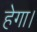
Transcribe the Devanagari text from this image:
हेगा।